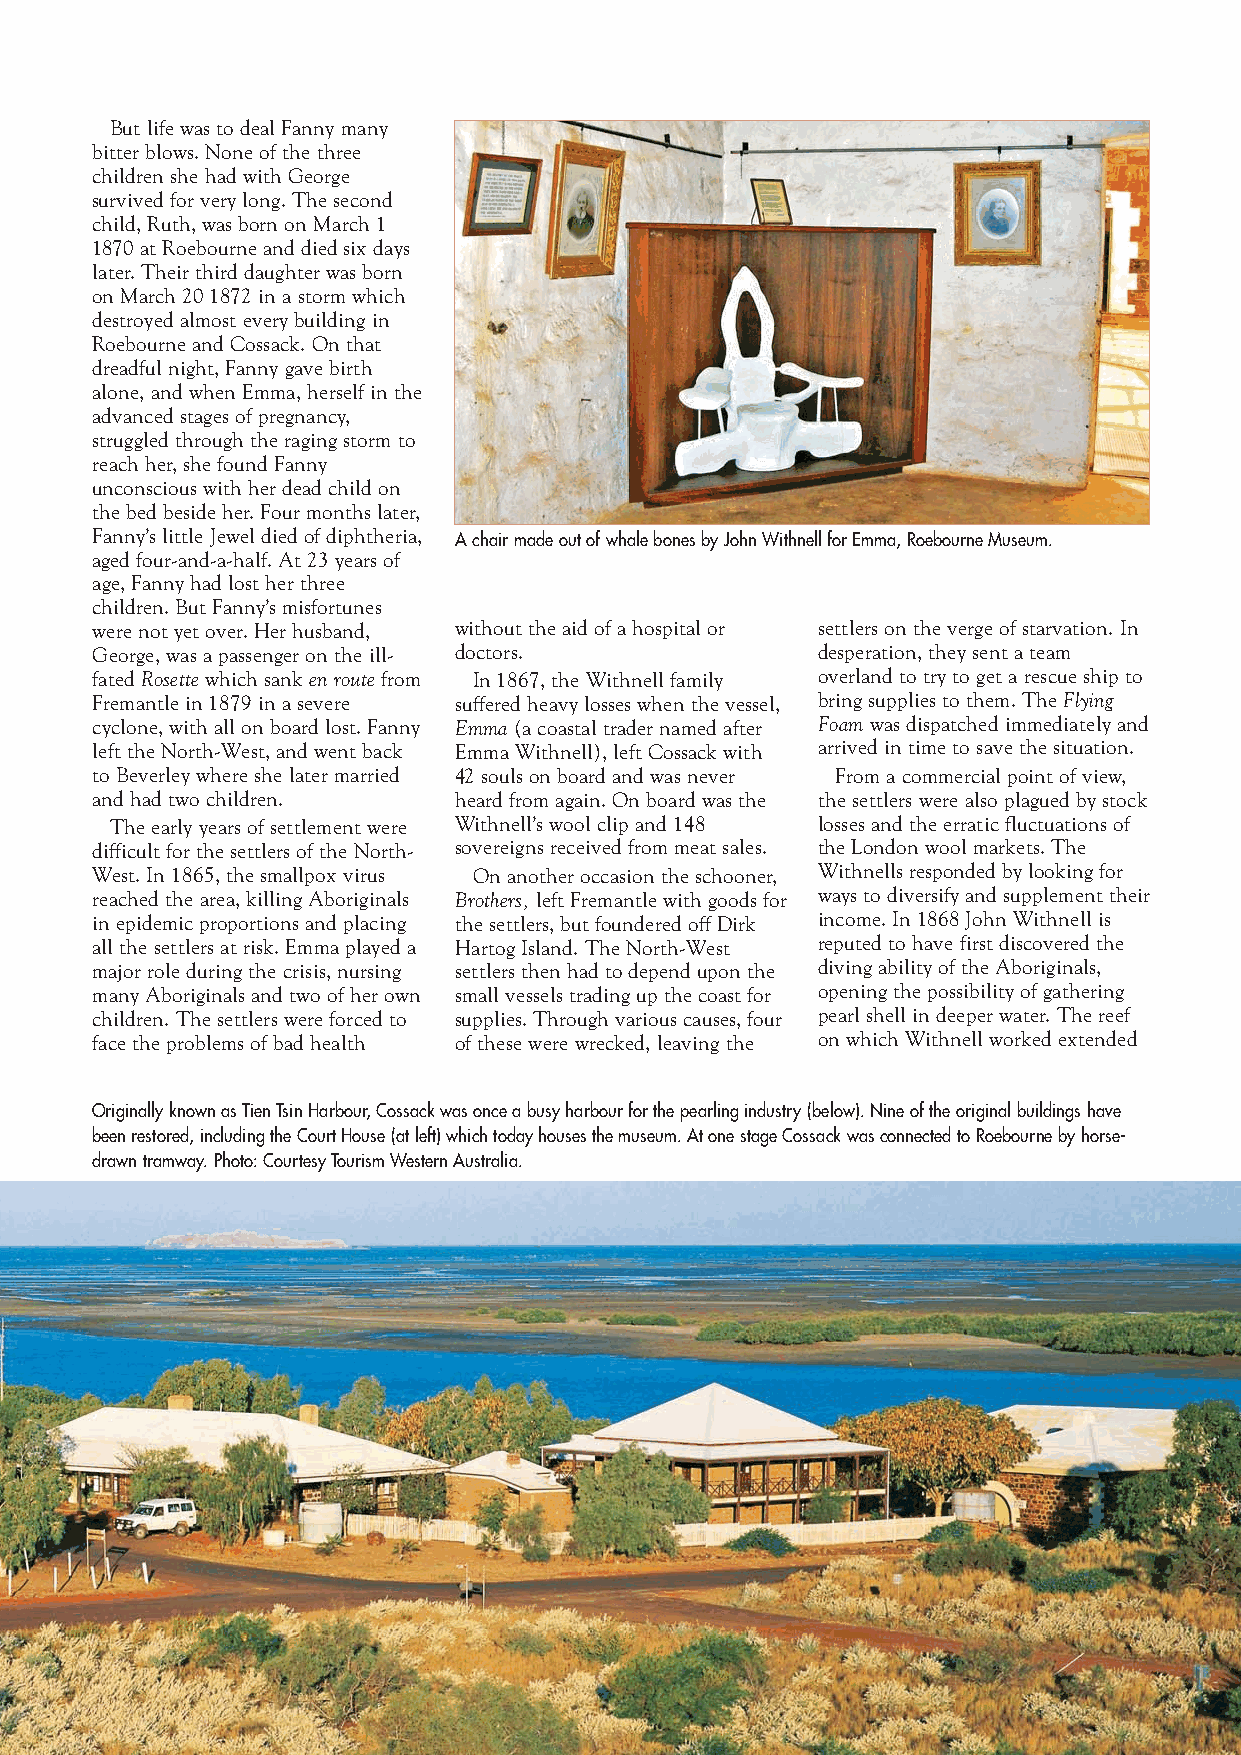
But life was to deal Fanny many
 bitter blows. None of the three
 children she had with George
 survived for very long. The second
 child, Ruth, was born on March 1
 1870 at Roebourne and died six days
 later. Their third daughter was born
 on March 20 1872 in a storm which
 destroyed almost every building in
 Roebourne and Cossack. On that
 dreadful night, Fanny gave birth
 alone, and when Emma, herself in the
 advanced stages of pregnancy,
 struggled through the raging storm to
 reach her, she found Fanny
 unconscious with her dead child on
 the bed beside her. Four months later,
 Fanny’s little Jewel died of diphtheria,
 A chair made out of whale bones by John Withnell for Emma, Roebourne Museum.
 aged four-and-a-half. At 23 years of
 age, Fanny had lost her three
 children. But Fanny’s misfortunes
 were not yet over. Her husband, without the aid of a hospital or settlers on the verge of starvation. In
 George, was a passenger on the ill- doctors.    desperation, they sent a team
 fated Rosettewhich sank en routefrom In 1867, the Withnell family overland to try to get a rescue ship to
 Fremantle in 1879 in a severe suffered heavy losses when the vessel, bring supplies to them. The Flying
 cyclone, with all on board lost. Fanny Emma(a coastal trader named after Foamwas dispatched immediately and
 left the North-West, and went back Emma Withnell), left Cossack with arrived in time to save the situation.
 to Beverley where she later married 42 souls on board and was never From a commercial point of view,
 and had two children.   heard from again. On board was the the settlers were also plagued by stock
 The early years of settlement were Withnell’s wool clip and 148 losses and the erratic fluctuations of
 difficult for the settlers of the North- sovereigns received from meat sales. the London wool markets. The
 West. In 1865, the smallpox virus On another occasion the schooner, Withnells responded by looking for
 reached the area, killing Aboriginals Brothers,left Fremantle with goods for ways to diversify and supplement their
 in epidemic proportions and placing the settlers, but foundered off Dirk income. In 1868 John Withnell is
 all the settlers at risk. Emma played a Hartog Island. The North-West reputed to have first discovered the
 major role during the crisis, nursing settlers then had to depend upon the diving ability of the Aboriginals,
 many Aboriginals and two of her own small vessels trading up the coast for opening the possibility of gathering
 children. The settlers were forced to supplies. Through various causes, four pearl shell in deeper water. The reef
 face the problems of bad health of these were wrecked, leaving the on which Withnell worked extended
 Originally known as Tien Tsin Harbour, Cossack was once a busy harbour for the pearling industry (below). Nine of the original buildings have
 been restored, including the Court House (at left) which today houses the museum. At one stage Cossack was connected to Roebourne by horse-
 drawn tramway. Photo: Courtesy Tourism Western Australia.